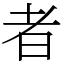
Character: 者